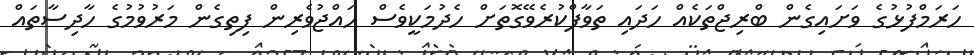
ހަރަމްފުޅުގެ ވަށައިގެން ބްރިޖްތަކެއް ހަދައި ތަވާފްކުރެވޭގޮތަށް ހެދުމަކީވެސް ހައްޖުވެރިން ފިތިގެން މަރުވުމުގެ ހާދިސާތައް